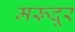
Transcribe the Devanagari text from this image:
मरूदूर